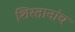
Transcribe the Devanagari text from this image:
शिरतानांच